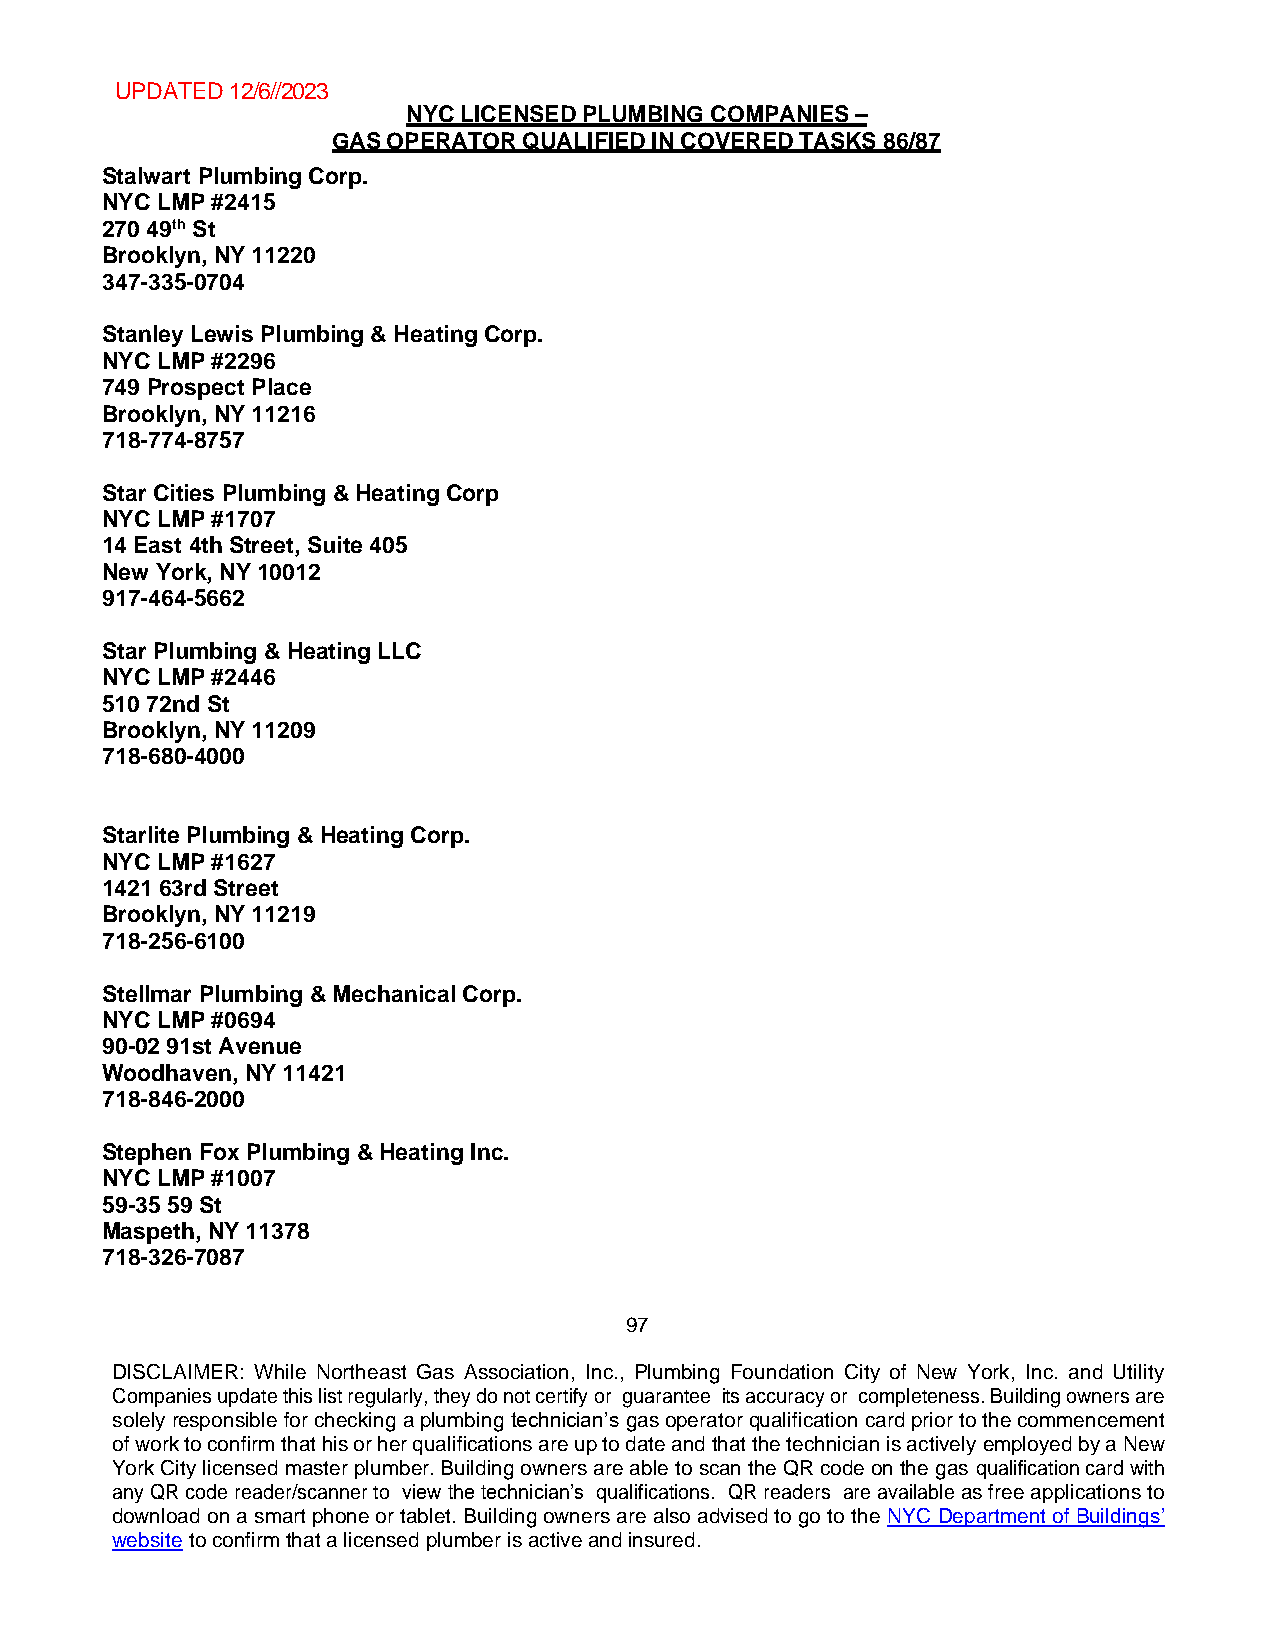
UPDATED 12/6//2023
 NYC LICENSED PLUMBING COMPANIES –
 GAS OPERATOR QUALIFIED IN COVERED TASKS 86/87
 Stalwart Plumbing Corp.
 NYC LMP #2415
 270 49th St
 Brooklyn, NY 11220
 347-335-0704
 Stanley Lewis Plumbing & Heating Corp.
 NYC LMP #2296
 749 Prospect Place
 Brooklyn, NY 11216
 718-774-8757
 Star Cities Plumbing & Heating Corp
 NYC LMP #1707
 14 East 4th Street, Suite 405
 New York, NY 10012
 917-464-5662
 Star Plumbing & Heating LLC
 NYC LMP #2446
 510 72nd St
 Brooklyn, NY 11209
 718-680-4000
 Starlite Plumbing & Heating Corp.
 NYC LMP #1627
 1421 63rd Street
 Brooklyn, NY 11219
 718-256-6100
 Stellmar Plumbing & Mechanical Corp.
 NYC LMP #0694
 90-02 91st Avenue
 Woodhaven, NY 11421
 718-846-2000
 Stephen Fox Plumbing & Heating Inc.
 NYC LMP #1007
 59-35 59 St
 Maspeth, NY 11378
 718-326-7087
 97
 DISCLAIMER: While Northeast Gas Association, Inc., Plumbing Foundation City of New York, Inc. and Utility
 Companies update this list regularly, they do not certify or guarantee its accuracy or completeness. Building owners are
 solely responsible for checking a plumbing technician’s gas operator qualification card prior to the commencement
 of work to confirm that his or her qualifications are up to date and that the technician is actively employed by a New
 York City licensed master plumber. Building owners are able to scan the QR code on the gas qualification card with
 any QR code reader/scanner to view the technician’s qualifications. QR readers are available as free applications to
 download on a smart phone or tablet. Building owners are also advised to go to the NYC Department of Buildings’
 website to confirm that a licensed plumber is active and insured.